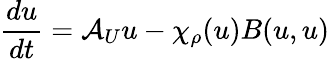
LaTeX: \frac{du}{dt}=\mathcal{A}_{U}u-\chi_{\rho}(u)B(u,u)